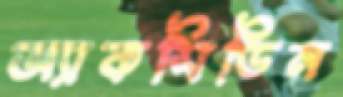
অ্যাকসিডিন